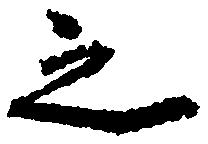
之